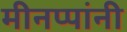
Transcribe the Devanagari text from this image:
मीनप्पांनी